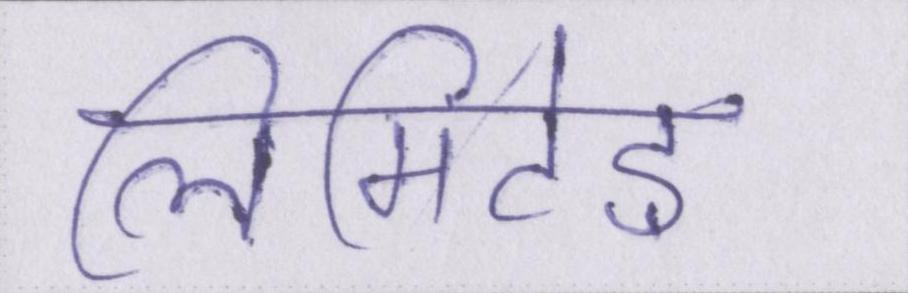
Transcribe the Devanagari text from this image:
लिमिटेड